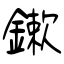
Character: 鏉